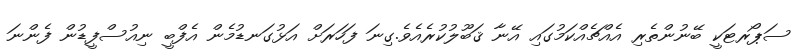
ސަޕޯރޓަކީ ބޭނުންތެރި އެއްޗެއްކަމުގައި އޭނާ ޤަބޫލުކުރެއެވެ.ގިނަ ފަހަރަށް އަޅުގަނޑުމެން އެފްބީ ނިއުސްފީޑުން ފެންނަ